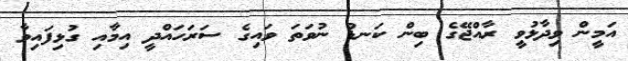
އަމީން ވިދާޅުވީ ރާއްޖޭގެ ބިން ކަނޑު ނުވަތަ ވައިގެ ސަރަހައްދީ އިމާއި ގުޅިފައިވާ